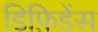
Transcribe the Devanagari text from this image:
डिफ़िडेंस